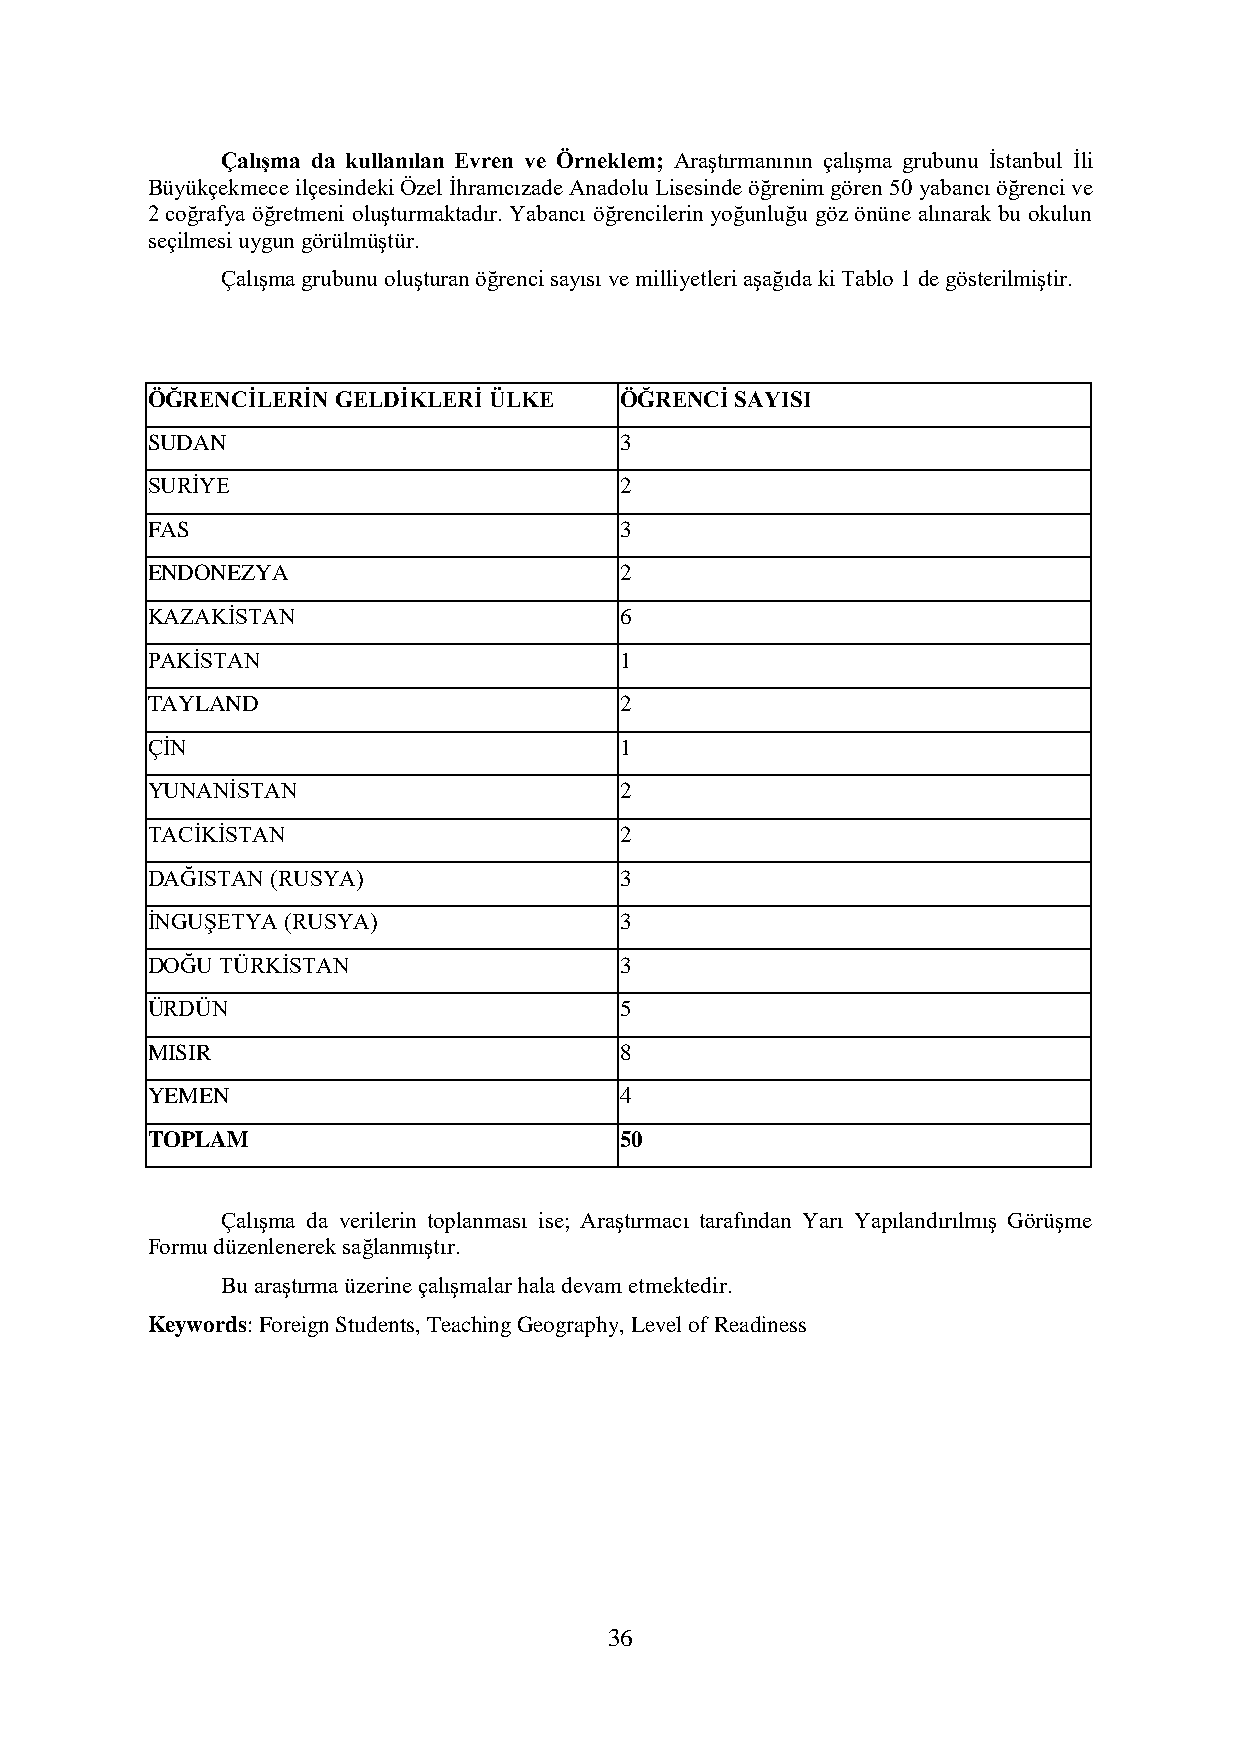
Çalışma da kullanılan Evren ve Örneklem; Araştırmanının çalışma grubunu İstanbul İli
 Büyükçekmece ilçesindeki Özel İhramcızade Anadolu Lisesinde öğrenim gören 50 yabancı öğrenci ve
 2 coğrafya öğretmeni oluşturmaktadır. Yabancı öğrencilerin yoğunluğu göz önüne alınarak bu okulun
 seçilmesi uygun görülmüştür.
 Çalışma grubunu oluşturan öğrenci sayısı ve milliyetleri aşağıda ki Tablo 1 de gösterilmiştir.
 ÖĞRENCİLERİN GELDİKLERİ ÜLKE   ÖĞRENCİ SAYISI
 SUDAN                          3
 SURİYE                         2
 FAS                            3
 ENDONEZYA                      2
 KAZAKİSTAN                     6
 PAKİSTAN                       1
 TAYLAND                        2
 ÇİN                            1
 YUNANİSTAN                     2
 TACİKİSTAN                     2
 DAĞISTAN (RUSYA)               3
 İNGUŞETYA (RUSYA)              3
 DOĞU TÜRKİSTAN                 3
 ÜRDÜN                          5
 MISIR                          8
 YEMEN                          4
 TOPLAM                         50
 Çalışma da verilerin toplanması ise; Araştırmacı tarafından Yarı Yapılandırılmış Görüşme
 Formu düzenlenerek sağlanmıştır.
 Bu araştırma üzerine çalışmalar hala devam etmektedir.
 Keywords: Foreign Students, Teaching Geography, Level of Readiness
 36